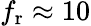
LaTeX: f_{\mathrm{r}}\approx 10